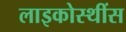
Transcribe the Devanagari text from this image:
लाइकोस्थींस